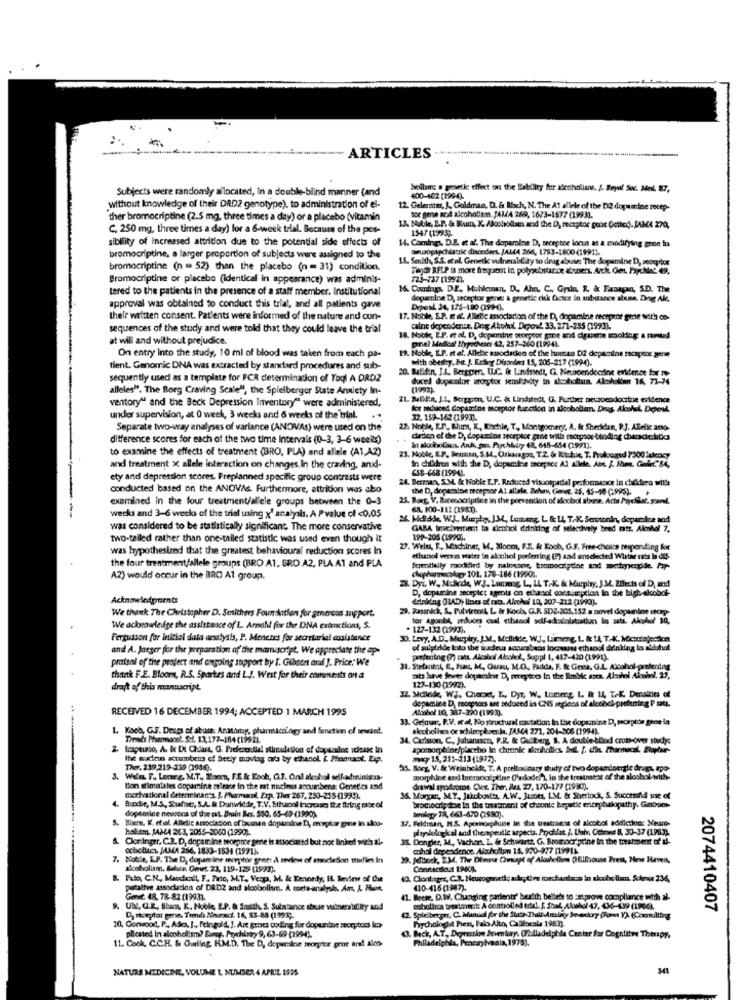
ARTICLES
---
Subjects were randomly allocated, In a double-blind manner (and
hollse: a gesetke effect on the liability for alcoholisnt. J. Royal Soc. Mot. 87,
400-402 (199-4).
without knowledge of their DRD2 genotype). to administration of el-
12. Gelentter, J, Goldman, D. & Risch, N. The A1 allete of the DE dopamine recep-
ther bromocriptine (2.5 mg, three times a day) or a placebo (vitamin
tor gene ar4 alcoholism. JAMA 269, 1673-1577 (1993].
C. 250 mg, three times a day) for a 6-week trial. Because of the pos-
13. Noble, Z.P. & Bum, K. Alcohollam and the D, motplor gone (etted). SAMA 270,
1547 (1993)
sibility of Increased attrition due to the potential side effects of
14. Comings, D.E. et al. The dopamine D, seceptse locut as a exodifying gme lo
Deusopsychiatric disorders. JALLA 266, 1793-1800 (19911.
bromocriptine, a larger proportion of subjects wers assigned to the
1.5. Senlth, S.S. etal ., Genetic vulnerability to drug abuse; The dopamine D, seocytes
bromocriptine (n = 52) than the placebo (n = 31) condition.
Them AFLP is more freqpent in polysubstance atoners. Arch. Get Psychiat 49,
Bromocriptine or placebo (identical in appearance) was adminis-
725-737 (1992).
tered to the patients in the presence of a staff member. institutional
16. Comhugs DE. Muhleman, D. Aha. C ., Gyiln, R & Fasagan, S.D. The
dopamine D, receptor growe: & genetic rik Ccice In substance abuse. Druge Al.
approval was obtained to conduct this trial, and all patients gave
DepesL 24, 175-180 (199-4).
their written consent. Patients were informed of the nature and con-
17. Noble, E.P. I .a. Allelic association of the D, dopamine meerpeor gente with co-
sequences of the study and were told that they could leave the trial
calne dependence, Dog Alkohol Depend. 33, 271-255 (1993).
at will and without prejudice.
18. Nobk, E.P. et al. D, dopamine peorpoor gone and cigarette molding a rented
pine? Madloal Ilypochetes 42, 257-260 (1994).
On entry into the study, 10 ml of blood was taken from each pa-
19. Nobk, L.P. et al. Allebie susodlacken of the human D2 dopamine receptor gene
with obeshy, but. J. Easley Disorders 15, 205-217 (1994).
tient. Genomic DNA was extracted by standard procedures and sub-
20. Balidin, I.L. Bergpren. U.C. & Lindstedt, G. Neuroendocrine evidence for me
sequently used as a template for PCR determination of Toql A DRD2
duced dopacalne veveytor senaluivity in alcoholism. Alcoholinn 16, 71-74
alleles". The Borg Craving Scale", the Spielberger State Anxiety In-
(1992)
ventory" and the Beck Depression Inventory" were administered,
21. Balidin, J.1, Berggren, U.C. & Lindstedt, G. Further neuroendocrine evidence
lot seduced dopamine receptor furetlod in alcoholism. Dnes, Alcohol. Deperal.
under supervision, at 0 week, 3 weeks and 6 weeks of the trial.
12, 159-162 (1997)
Separate two-way analyses of variance (ANOVAs) were used on the
22. Noble, E.P ., Num, K, Richie, T ,, Montgomery, A. & Sheddan, P.J. ABelic amso-
difference scores for each of the two time Intervals (0-3, 3-6 weeks)
daten of the D, dopamine receptor gent writh receptor bindlog cheradic.litio
to examine the effects of treatment (BRO, PLA) and allele (A1,AZ)
In alocholikcit. Anh, grn. Pipchluby 48, 648-654 (1991).
23. Noble, EP, Beran, S.M ., Orkaragon, T.Z. & Ritchie, T. Prolonged PJ00 lukcosy
and treatment X allele interaction on changes In the craving, and-
CSS-668 (1994).
In children with the D, dopamiria ancepice A2 allele. Atn. f. Hm. Goller."84,
ety and depression scores. Preplanned specific group contrasts were
24. Berman, S.M. & Noble I.P. Reduced visantpadel performance in chikdieo witha
conducted based on the ANOVAs. Furthermore, attrition was abo
the D, doparsise receptor Al allele, Behay, Canet, 25, 45-10 (OMS).
-
examined in the four treatment/al'ele groups between the 0-3
25. Borg, V. Bicenocriptine in the prevention of alcohol abuse. Acta Payelist. siend,
6A, 100-111 01987).
weeks and 3-6 weeks of the trial using x' analysis. A Pvalue of <0.05
26. Meldde, W.J ., Murphy, J.M, Lumeng, L & 14, T .- K. Serotonin, dopamine and
was considered to be statistically significant. The more conservative
GAMA Involvement in alcohol drinking of selectively bred mts. Alcohol 7,
two-tailed rather than one-tailed statistic was used even though it
199-205 (1990).
was hypothesized that the greatest behavioural reduction scores In
27. Welus, F ., Machiner, M, Moom, F.E. & Koob, G.F. Free-choice responding Rx
ethanol versas water In alcohol porferring (2) and unselected Wisthe rats Is du.
the four treatment/allele groups (BRO A1. BRO A2, PLA A1 and PLA
chophurmecalap- 101. 178-186 (1990).
frpentially modified by naloxone, bromocriptine and mettiyxcgide. Pq-
A2) would occur in the BRO At group.
28. Dyr, W ., Mckide, W.J. Lumeng, L, 14, TAK. & Murphy, J.M. Effects of D, and
D, dopamine secepict agents on ethanol consumption In the high-alcobol-
Acknowledpornts
drinking (LAD) lines of cats. Alcohol 10, 207-212 (1993).
29. Rasınick, S. Pulvistnik, L & Koch, G.R. SDZ-205.152 a novel dopunine oicty-
We thank The Christopher D. Smithers Foundation for generous support.
tor agonbt, seduces cual ethanol self-addolstrations in sets, Alcohol 10,
We ackorawledge the assistance of L. Arnold for the DNA extractions, S.
. 127-132 (1993).
Fergusson for initial data analysis, P. Menetes for secretarial assistance
D. Levy, A.D. Murphy, J.M, McBlekde, W.J. Liimeng, L & 14, TAK. Microinjection
and A. Jaeger for the preparation of the manuscript. We appreciate the ap-
of sulpiede Into the audley accurabeos Incansa ethanol drinking to aidchol
praisal of the project and ongoing support by [. Gibson and J. Price: We
perfectng (7) tatt. Alcalaal Alcohol, Suppl 1, 417-420 (1991).
31. Stefani:4, E, Pues, M, Gurzu, M.O. Fadda, F. & Getsa, G.L. Alcohol-pretending
think F.E. Bloom, R.S. Sportes and L.J. West for their comments on a
cats have fever doyarune D, receptoo In the Emble area. Alcohol Alcohol, 27,
draft of this manuscript.
127-130 (1992).
12 Mdiride, WJ. Chocxt, E, Dyr, W ., Lusmeng L & L4, TAK. Densites of
dopamine D, recepnocs art seduced in ONS seglans of alcobci-prefening P saty.
RECEIVED 16 DECEMBER 1994; ACCEPTED 1 MARCH 1995
Alcohol 10, 387-390 (1993).
33. Gelmar, P.V. et al, No structural mutation In the dopamina D, recepton gene in
L Koch, G.F. Drugs of abuse: Anatomy, pharmacology and fonction of sewind.
alcoholism or schizophrenia, JAMA 271, 204-306 (1994).
Tina's Phannonel, Sct. 13,177-184(1992)
34. Carlson, C ., Johanssen, P.R. & Gullberg, S. A double-blind cross-over study:
2. Inaptiaco, A. & DI Chiart, G. Preferential stimulation of dopseudos steak in
the sadleun accumbens of freely moving nda by ethanol i Plusonaml. Exp.
mxy 15, 211-213(1977).
The. 239,219-239 [29863.
35. Borg, V. &c Weinholdt, T. A preliminary study of two dopaminergle drug, apo-
Well, F. Leneg. M.T ., Moon, F.E & Koch, C.F. Oral alcohol self-adminigra.
morphine and bromocriptine (Parlodel"), lo the treatment of the alcohol-with-
Bon stimulates dopamine release in the mat nucleus accumbens: Cenet'es and
drawal syndrome. Our. Ther, MA. 27, 170-177 (1990).
modvational determinan's. J. Pharmacol. Exp. Thes 267, 250-255 (1999).
36. Morgan, M.T ., Jahnbonita, A.W. Jazoes, L.M. & Sherlock, S. Successnid use of
Boodbe, M.S, Shaffer, S.A. & Danwidde, T.V. Ethanol bcrcases the firing site of
dopamine newcons of the rat Brain Res. 580. 65-69 (1990).
bromecripche In the treatment of chronic beputie encephalopathy. Gastro-
5. Blerm. K. rtel. Allelle anociation of'bussen dopamine D, morgtor gone in alco-
37. Feldman, H.S. Apomorphine In the trestraest of akobol addictloc: Neuo-
terolaty TR, 663-670 (1980).
hal:sm. JAMA 263, 2055-3060 (1990).
pimpskulogkal and therapeutic aspects. Pochdat ). Uhh Othens B. 30-37 (1P.3).
ClonInger, C.R. D, dopamine soeptor gene is associated but not linked with al-
3K Dongler, M, Vachont. L. & Schwartz, G. Bromocriptine In the treatment of Ul-
ochollaen. MAMA 256, 1833-1834 (1991)-
chol dependence. Akziullun 15. 900-977 (1991)
7. Kotle, E.P. The D, dopan ine morgtor greet A review of association studies in
39. Jdinck, ZM. The Dinise Cvsapt of Akcalelim CHtillouse Prest, New Haven,
akoholism, Bahar, Omet. 23, 119-129 (1993).
Connecticut 1960%.
B. Pato, C.N ., Maodaadi, F. Pato, M.T ., Verga, M. & Kennedy, EL. Beview of the
. Člentager, C.R. Newsgenetic adaptive mechanisms in sicoballum. Science 234,
putative association of DRD2 and alcobaolives. A morte-analysis, Am, A. Hun.
410-416 (1987).
Garvet. 48, 78-82 (1993).
(1. Beere, D.W. Chunging parlents' beztth bellefs to improve compliance with al.
9. UNl, G.R. Bhm, K. Noble, E.P. & Smith, S. Substance abuse vulnerability and
coholisca treatment: A controlled edil. [. Staal. Alcohol 47, 436-439 (1966).
2074410407
Da receptor gene. Trends Naruscf. 16, 83-88 (1993).
(2. Spielberger, C. Manual for the State-Thalt Anlay beverkory Pomm Y) (Consulting
bychologie Press, Palo Alto, Callforala 1983).
10, Conwood, P ., Ades, [ ., Feingold, J. Art genes coding for dopunine seccytoss Im-
plested In alcoholism? Eunce. Prychintry 9, 63-69-(199-4).
11. Cook, C.C.H. & Curling H.M.D. The D, dopumkve meerytor prue and! alco-
(3. Beck, A.T ., Depression Inventory. (Philadelphia Center for Cognitive Therapy,
Philadelphia, Pennsylvania, 1975).
NATURE MEDICINE, VOLUME 1, NUMBER 4 APRIL 1925